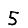
Digit: 5